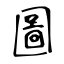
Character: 圖